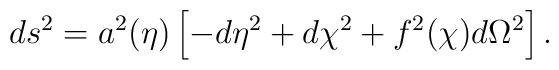
ds^2 = a^2(\eta) \left[ -d\eta^2 + d\chi^2 + f^2(\chi) d\Omega^2\right].